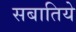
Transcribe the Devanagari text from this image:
सबातिये